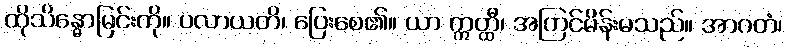
ထိုသိန္ဓောမြင်းကို။ ပလာယတိ၊ ပြေးစေ၏။ ယာ ဣတ္ထီ၊ အကြင်မိန်းမသည်။ အာဂတံ၊